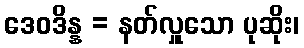
ဒေဝဒိန္န = နတ်လှူသော ပုဆိုး၊